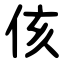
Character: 侅